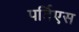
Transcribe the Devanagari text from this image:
पर्तिएस